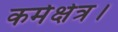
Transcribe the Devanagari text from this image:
कर्मक्षेत्र।